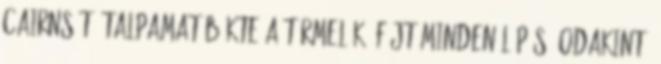
Cairns-t. Talpamat bökte a törmelék, fájt minden lépés. Odakint,